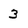
Character: 3